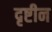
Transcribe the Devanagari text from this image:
दृष्टीन